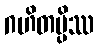
ဂဟိတမ္ပိဿ